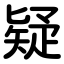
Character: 疑